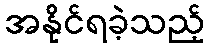
အနိုင်ရခဲ့သည့်